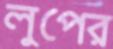
লুপের